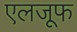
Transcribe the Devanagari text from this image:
एलजूफ